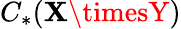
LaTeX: C_{*}(\mathbf{X}\timesY)